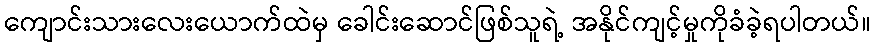
ကျောင်းသားလေးယောက်ထဲမှ ခေါင်းဆောင်ဖြစ်သူရဲ့ အနိုင်ကျင့်မှုကိုခံခဲ့ရပါတယ်။